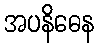
အပနိဓေန